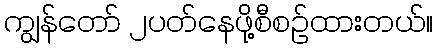
ကျွန်တော် ၂ပတ်နေဖို့စီစဉ်ထားတယ်။